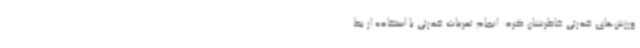
ورزش‌های قدرتی خاطرنشان کرد: انجام تمرینات قدرتی با استفاده از بط